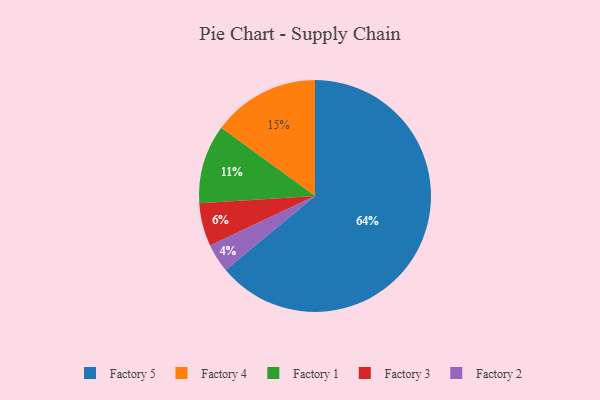
{"axis": {"x": "Category", "y": "Percentage"}, "legend": ["Factory 1", "Factory 2", "Factory 3", "Factory 4", "Factory 5"], "data": [{"x": "Factory 4", "y": 15, "type": "Factory 4"}, {"x": "Factory 2", "y": 4, "type": "Factory 2"}, {"x": "Factory 1", "y": 11, "type": "Factory 1"}, {"x": "Factory 3", "y": 6, "type": "Factory 3"}, {"x": "Factory 5", "y": 64, "type": "Factory 5"}]}